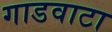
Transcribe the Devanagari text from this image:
गाडवाटा